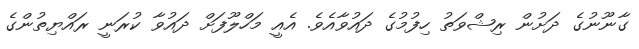
ގާނޫނުގެ ދަށުން ރިޝްވަތު ހިފުމުގެ ދައުވާއެވެ. އެއީ މަހްލޫފަށް ދައުވާ ކުރަނީ ރައްޔިތުންގެ